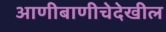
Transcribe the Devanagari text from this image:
आणीबाणीचेदेखील